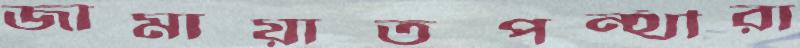
জামায়াতপন্থীরা